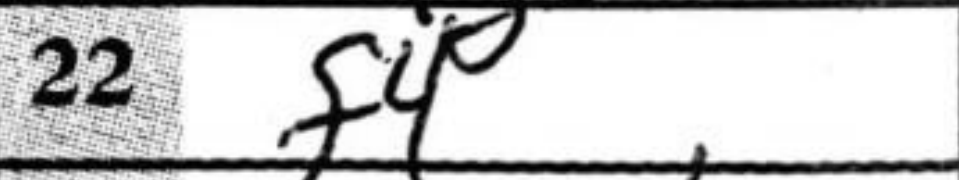
Transcription: f4